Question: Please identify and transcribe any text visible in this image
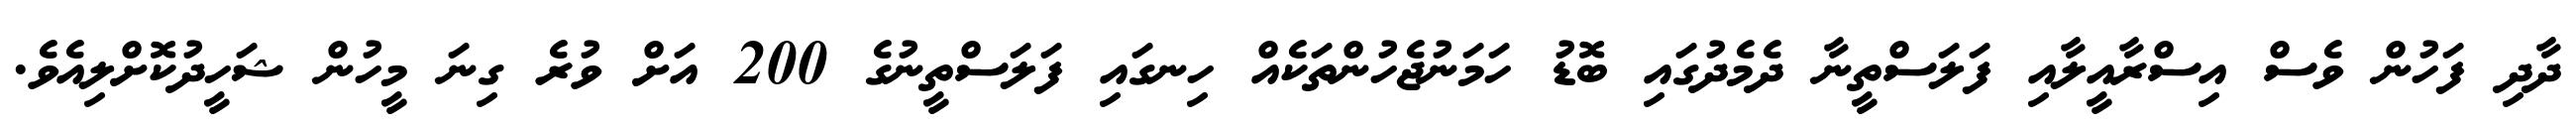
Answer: ދާދި ފަހުން ވެސް އިސްރާއީލާއި ފަލަސްތީނާ ދެމެދުގައި ބޮޑު ހަމަނުޖެހުންތަކެއް ހިނގައި ފަލަސްތީނުގެ 200 އަށް ވުރެ ގިނަ މީހުން ޝަހީދުކޮށްލިއެވެ.